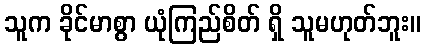
သူက ခိုင်မာစွာ ယုံကြည်စိတ် ရှိ သူမဟုတ်ဘူး။